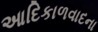
આદિકાળવાદના